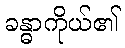
ခန္ဓာကိုယ်၏